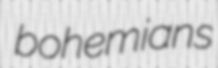
bohemians